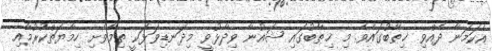
އެކަމަނާ ދެއްވި ޚިޠާބުގައެވެ. މި ޚިޠާބުގައި ޝައުނާ ވިދާޅުވީ މިދަނޑިވަޅަކީ ތިމާވެށި ހިމާޔަތްކުރުމާއި